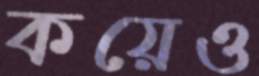
কয়েও